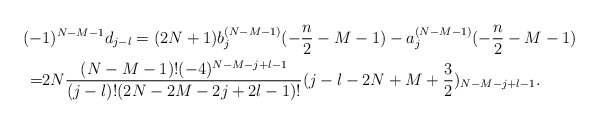
\begin{align*} (-&1)^{N-M-1}d_{j-l}=(2N+1)b_j^{(N-M-1)}(-\frac n2-M-1)-a_{j}^{(N-M-1)}(-\frac n2-M-1)\\ =&2N\frac{(N-M-1)!(-4)^{N-M-j+l-1}}{(j-l)!(2N-2M-2j+2l-1)!}(j-l-2N+M+\frac 32)_{N-M-j+l-1}. \end{align*}